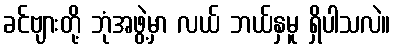
ခင်ဗျားတို့ ဘုံအဖွဲ့မှာ လယ် ဘယ်နှမူ ရှိပါသလဲ။